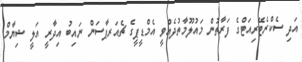
އަދި ސެކްރެޓޭރިއަޓްގެ ފަރާތުން މައުލޫމާތުދެއްވީ އެމްޑީޕީގެ ޗެއަރޕާސަން ނައިބު އިދާރީ އަލީ ޝިޔާމް